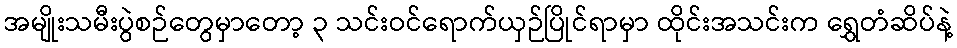
အမျိုးသမီးပွဲစဉ်တွေမှာတော့ ၃ သင်းဝင်ရောက်ယှဉ်ပြိုင်ရာမှာ ထိုင်းအသင်းက ရွှေတံဆိပ်နဲ့